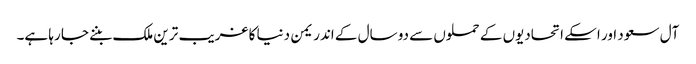
آل سعود اور اسکے اتحادیوں کے حملوں سے دو سال کے اندر یمن دنیا کا غریب ترین ملک بننے جا رہا ہے۔